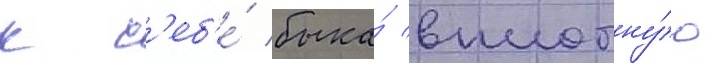
к с'еб'е́ быка́ вплотну́ю